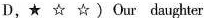
D,★ ☆ ☆ )Our daughter